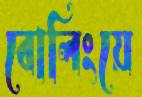
বোলিংয়ে